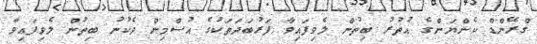
ގްރޭންޑް ކެންޔަންގެ އުތުރު ބިތުން ލެވިފައިވާ ފަރުބަދަތަކުގެ އުސްމިން ދެކުނު ބިތުން ލެވިފައިވާ